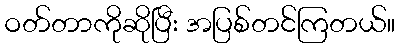
ဝတ်တာကိုဆိုပြီး အပြစ်တင်ကြတယ်။